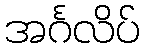
အင်္ဂလိပ်